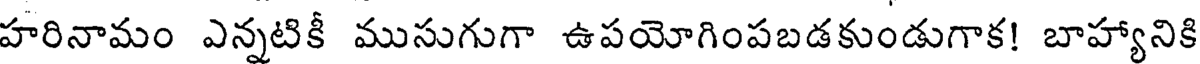
హరినామం ఎన్నటికీ ముసుగుగా ఉపయోగింపబడకుండుగాక! బాహ్యాని